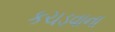
કચડવાના